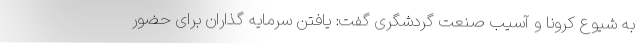
به شیوع کرونا و آسیب صنعت گردشگری گفت: یافتن سرمایه گذاران برای حضور